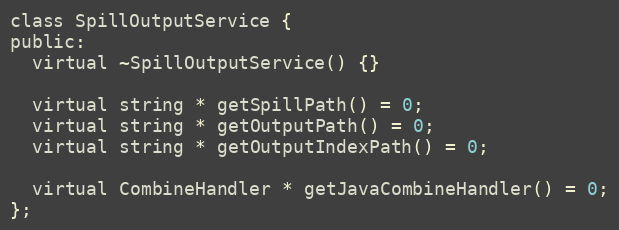
Language: C
class SpillOutputService {
public:
  virtual ~SpillOutputService() {}

  virtual string * getSpillPath() = 0;
  virtual string * getOutputPath() = 0;
  virtual string * getOutputIndexPath() = 0;

  virtual CombineHandler * getJavaCombineHandler() = 0;
};